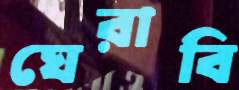
ঘেরাবি